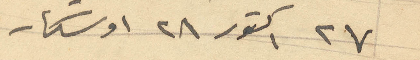
27 اكتور 28 اوسكار